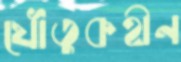
যৌতুকহীন